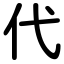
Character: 代